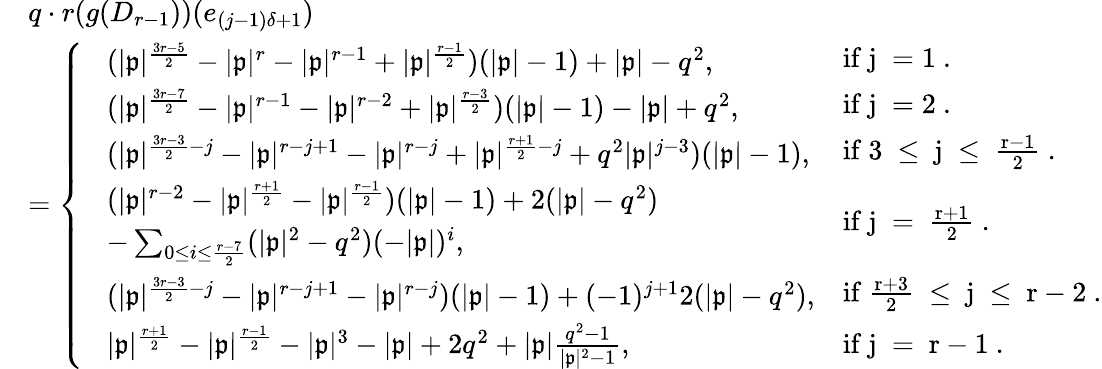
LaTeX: \begin{array}{rl}&{q\cdot r(g(D_{r-1}))(e_{(j-1)\delta+1})}\\ &{=\left\{ \begin{array}{ll}{\! \begin{array}{rl}&{(|\mathfrak{p}|^{\frac{3r-5}{2}}-|\mathfrak{p}|^{r}-|\mathfrak{p}|^{r-1}+|\mathfrak{p}|^{\frac{r-1}{2}})(|\mathfrak{p}|-1)+|\mathfrak{p}|-q^{2},}\end{array}}&{\mathrm{if~j~=1~.}}\\ {\! \begin{array}{rl}&{(|\mathfrak{p}|^{\frac{3r-7}{2}}-|\mathfrak{p}|^{r-1}-|\mathfrak{p}|^{r-2}+|\mathfrak{p}|^{\frac{r-3}{2}})(|\mathfrak{p}|-1)-|\mathfrak{p}|+q^{2},}\end{array}}&{\mathrm{if~j~=2~.}}\\ {\! \begin{array}{rl}&{(|\mathfrak{p}|^{\frac{3r-3}{2}-j}-|\mathfrak{p}|^{r-j+1}-|\mathfrak{p}|^{r-j}+|\mathfrak{p}|^{\frac{r+1}{2}-j}+q^{2}|\mathfrak{p}|^{j-3})(|\mathfrak{p}|-1),}\end{array}}&{\mathrm{if~3~\leq~j~\leq~\frac{r-1}{2}~.}}\\ {\! \begin{array}{rl}&{(|\mathfrak{p}|^{r-2}-|\mathfrak{p}|^{\frac{r+1}{2}}-|\mathfrak{p}|^{\frac{r-1}{2}})(|\mathfrak{p}|-1)+2(|\mathfrak{p}|-q^{2})}\\ &{-\sum_{0\leq i\leq\frac{r-7}{2}}(|\mathfrak{p}|^{2}-q^{2})(-|\mathfrak{p}|)^{i},}\end{array}}&{\mathrm{if~j~=~\frac{r+1}{2}~.}}\\ {\! \begin{array}{rl}&{(|\mathfrak{p}|^{\frac{3r-3}{2}-j}-|\mathfrak{p}|^{r-j+1}-|\mathfrak{p}|^{r-j})(|\mathfrak{p}|-1)+(-1)^{j+1}2(|\mathfrak{p}|-q^{2}),}\end{array}}&{\mathrm{if~\frac{r+3}{2}~\leq~j~\leq~r-2~.}}\\ {\! \begin{array}{rl}&{|\mathfrak{p}|^{\frac{r+1}{2}}-|\mathfrak{p}|^{\frac{r-1}{2}}-|\mathfrak{p}|^{3}-|\mathfrak{p}|+2q^{2}+|\mathfrak{p}|\frac{q^{2}-1}{|\mathfrak{p}|^{2}-1},}\end{array}}&{\mathrm{if~j~=~r-1~.}}\end{array}\right.}\end{array}